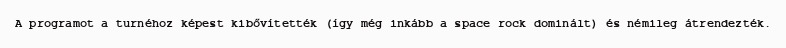
A programot a turnéhoz képest kibővítették (így még inkább a space rock dominált) és némileg átrendezték.